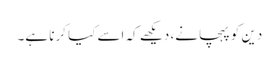
دین کو پہچانے، دیکھے کہ اسے کیا کرنا ہے۔